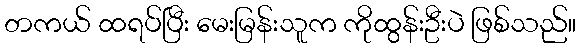
တကယ် ထရပ်ပြီး မေးမြန်းသူက ကိုထွန်းဦးပဲ ဖြစ်သည်။